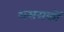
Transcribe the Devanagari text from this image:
शससकों